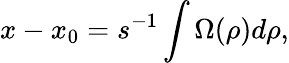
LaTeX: x-x_{0}=s^{-1}\int\Omega(\rho)d\rho,